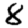
Digit: 8